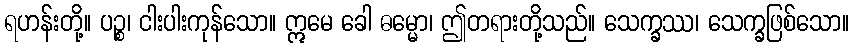
ရဟန်းတို့။ ပဉ္စ၊ ငါးပါးကုန်သော။ ဣမေ ခေါ ဓမ္မော၊ ဤတရားတို့သည်။ သေက္ခဿ၊ သေက္ခဖြစ်သော။